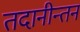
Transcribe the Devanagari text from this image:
तदानीन्तन